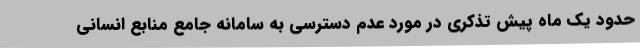
حدود یک ماه پیش تذکری در مورد عدم دسترسی به سامانه جامع منابع انسانی